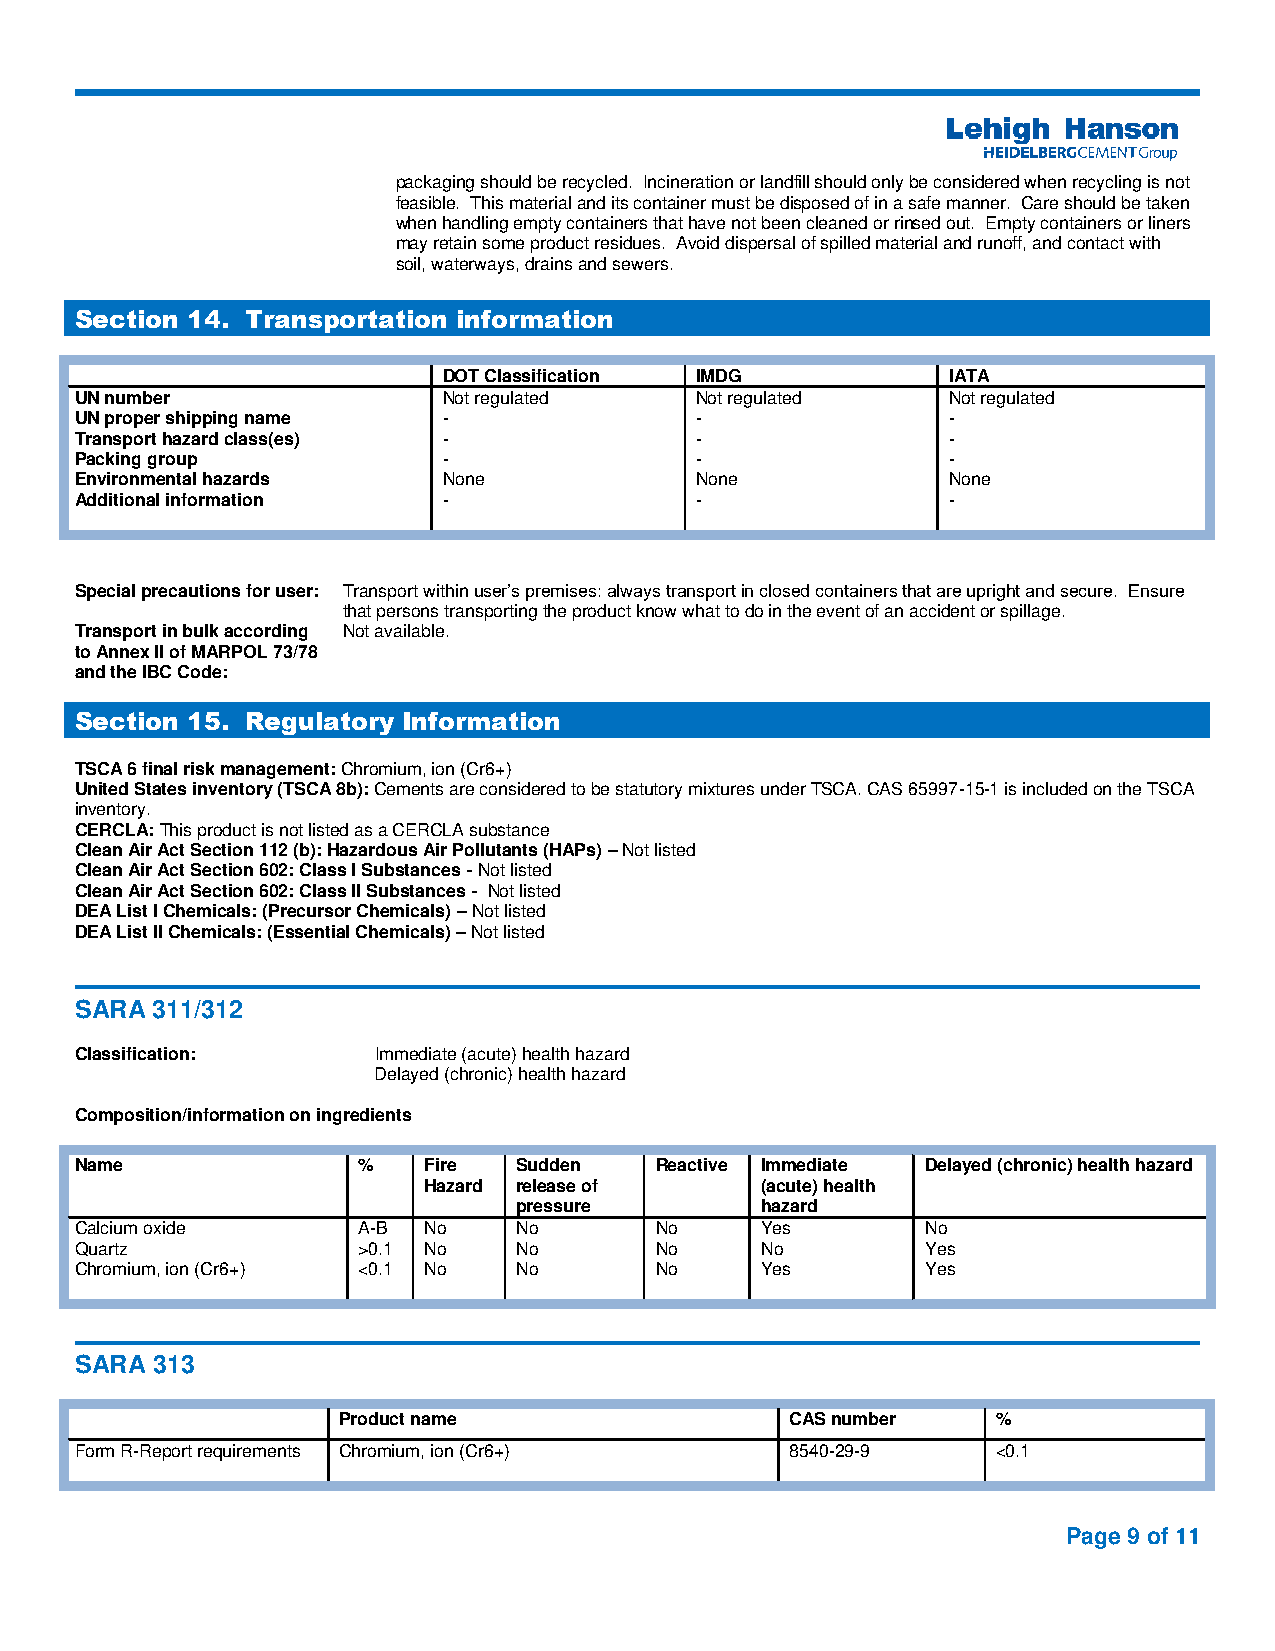
packaging should be recycled. Incineration or landfill should only be considered when recycling is not
 feasible. This material and its container must be disposed of in a safe manner. Care should be taken
 when handling empty containers that have not been cleaned or rinsed out. Empty containers or liners
 may retain some product residues. Avoid dispersal of spilled material and runoff, and contact with
 soil, waterways, drains and sewers.
 Section 14. Transportation information
 DOT Classification IMDG           IATA
 UN number               Not regulated    Not regulated    Not regulated
 UN proper shipping name -                -                -
 Transport hazard class(es) -             -                -
 Packing group           -                -                -
 Environmental hazards   None             None             None
 Additional information  -                -                -
 Special precautions for user: Transport within user’s premises: always transport in closed containers that are upright and secure. Ensure
 that persons transporting the product know what to do in the event of an accident or spillage.
 Transport in bulk according Not available.
 to Annex II of MARPOL 73/78
 and the IBC Code:
 Section 15. Regulatory Information
 TSCA 6 final risk management: Chromium, ion (Cr6+)
 United States inventory (TSCA 8b): Cements are considered to be statutory mixtures under TSCA. CAS 65997-15-1 is included on the TSCA
 inventory.
 CERCLA: This product is not listed as a CERCLA substance
 Clean Air Act Section 112 (b): Hazardous Air Pollutants (HAPs) – Not listed
 Clean Air Act Section 602: Class I Substances - Not listed
 Clean Air Act Section 602: Class II Substances - Not listed
 DEA List I Chemicals: (Precursor Chemicals) – Not listed
 DEA List II Chemicals: (Essential Chemicals) – Not listed
 SARA 311/312
 Classification:     Immediate (acute) health hazard
 Delayed (chronic) health hazard
 Composition/information on ingredients
 Name               %   Fire  Sudden   Reactive Immediate Delayed (chronic) health hazard
 Hazard release of     (acute) health
 pressure        hazard
 Calcium oxide      A-B No    No       No     Yes        No
 Quartz             >0.1 No   No       No     No         Yes
 Chromium, ion (Cr6+) <0.1 No No       No     Yes        Yes
 SARA 313
 Product name                  CAS number    %
 Form R-Report requirements Chromium, ion (Cr6+) 8540-29-9    <0.1
 Page 9 of 11